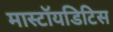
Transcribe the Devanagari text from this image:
मास्टॉयडिटिस